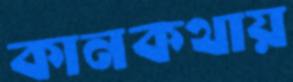
কানকথায়